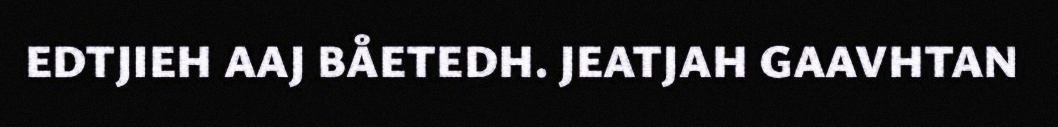
EDTJIEH AAJ BÅETEDH. JEATJAH GAAVHTAN